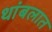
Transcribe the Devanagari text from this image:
थांबलात